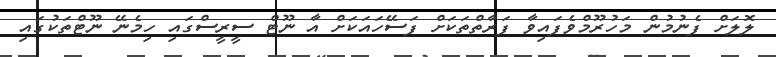
ލޮލަށް ފެނުމުން މަހުރޫމްވެފައިވާ ފަރާތްތަކަށް ފަސޭހައަކަށް އާ ނޫޓް ސީރީސްގައި ހިމެނޭ ނޫޓްތަކުގައި